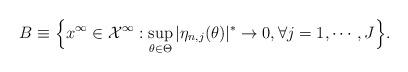
LaTeX: \begin{align*}B\equiv\Big\{x^\infty\in\mathcal X^\infty:\sup_{\theta\in\Theta}|\eta_{n,j}(\theta)|^*\to 0,\forall j=1,\cdots,J\Big\}.\end{align*}